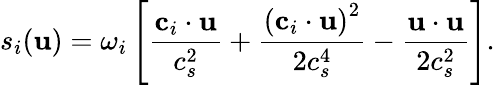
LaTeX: s_{i}(\mathbf{u})=\omega_{i}\left[\frac{\mathbf{c}_{i}\cdot\mathbf{u}}{c_{s}^{2}}+\frac{\left(\mathbf{c}_{i}\cdot\mathbf{u}\right)^{2}}{2c_{s}^{4}}-\frac{\mathbf{u}\cdot\mathbf{u}}{2c_{s}^{2}}\right].